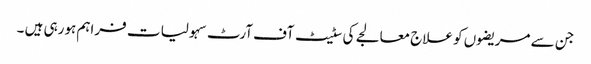
جن سے مریضوں کو علاج معالجے کی سٹیٹ آف آرٹ سہولیا ت فراہم ہورہی ہیں ۔